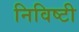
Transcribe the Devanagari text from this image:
निविष्टी